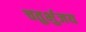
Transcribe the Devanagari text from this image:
चतुर्भुजय